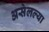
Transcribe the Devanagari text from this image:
असेलल्या